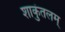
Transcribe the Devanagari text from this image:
शाकुंतलम्‌